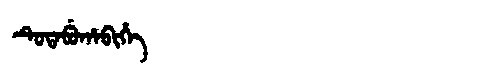
Manchu: ᡨᡠᡨᠠᠪᡠᡥᠠᠪᡳᡥᡝ
Romanization: TUTABUHABIHE